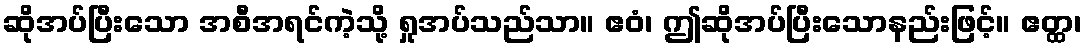
ဆိုအပ်ပြီးသော အစီအရင်ကဲ့သို့ ရှုအပ်သည်သာ။ ဧဝံ၊ ဤဆိုအပ်ပြီးသောနည်းဖြင့်။ ဧတ္ထ၊